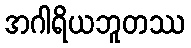
အဂါရိယဘူတဿ